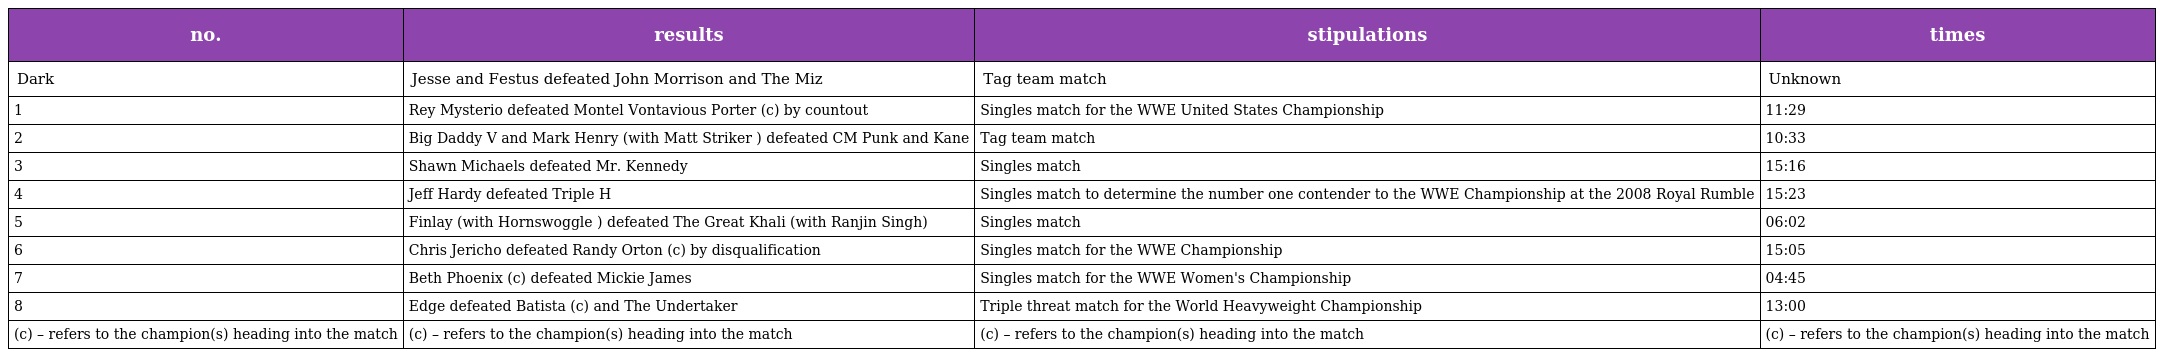
| no. | results | stipulations | times |
 | --- | --- | --- | --- |
 | Dark | Jesse and Festus defeated John Morrison and The Miz | Tag team match | Unknown |
 | 1 | Rey Mysterio defeated Montel Vontavious Porter (c) by countout | Singles match for the WWE United States Championship | 11:29 |
 | 2 | Big Daddy V and Mark Henry (with Matt Striker ) defeated CM Punk and Kane | Tag team match | 10:33 |
 | 3 | Shawn Michaels defeated Mr. Kennedy | Singles match | 15:16 |
 | 4 | Jeff Hardy defeated Triple H | Singles match to determine the number one contender to the WWE Championship at the 2008 Royal Rumble | 15:23 |
 | 5 | Finlay (with Hornswoggle ) defeated The Great Khali (with Ranjin Singh) | Singles match | 06:02 |
 | 6 | Chris Jericho defeated Randy Orton (c) by disqualification | Singles match for the WWE Championship | 15:05 |
 | 7 | Beth Phoenix (c) defeated Mickie James | Singles match for the WWE Women's Championship | 04:45 |
 | 8 | Edge defeated Batista (c) and The Undertaker | Triple threat match for the World Heavyweight Championship | 13:00 |
 | (c) – refers to the champion(s) heading into the match | (c) – refers to the champion(s) heading into the match | (c) – refers to the champion(s) heading into the match | (c) – refers to the champion(s) heading into the match |